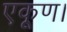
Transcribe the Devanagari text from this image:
एकूण।